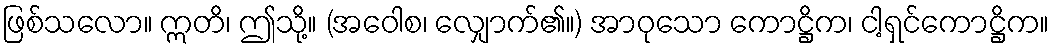
ဖြစ်သလော။ ဣတိ၊ ဤသို့။ (အဝေါစ၊ လျှောက်၏။) အာဝုသော ကောဋ္ဌိက၊ ငါ့ရှင်ကောဋ္ဌိက။